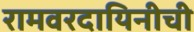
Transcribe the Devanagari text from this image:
रामवरदायिनीची